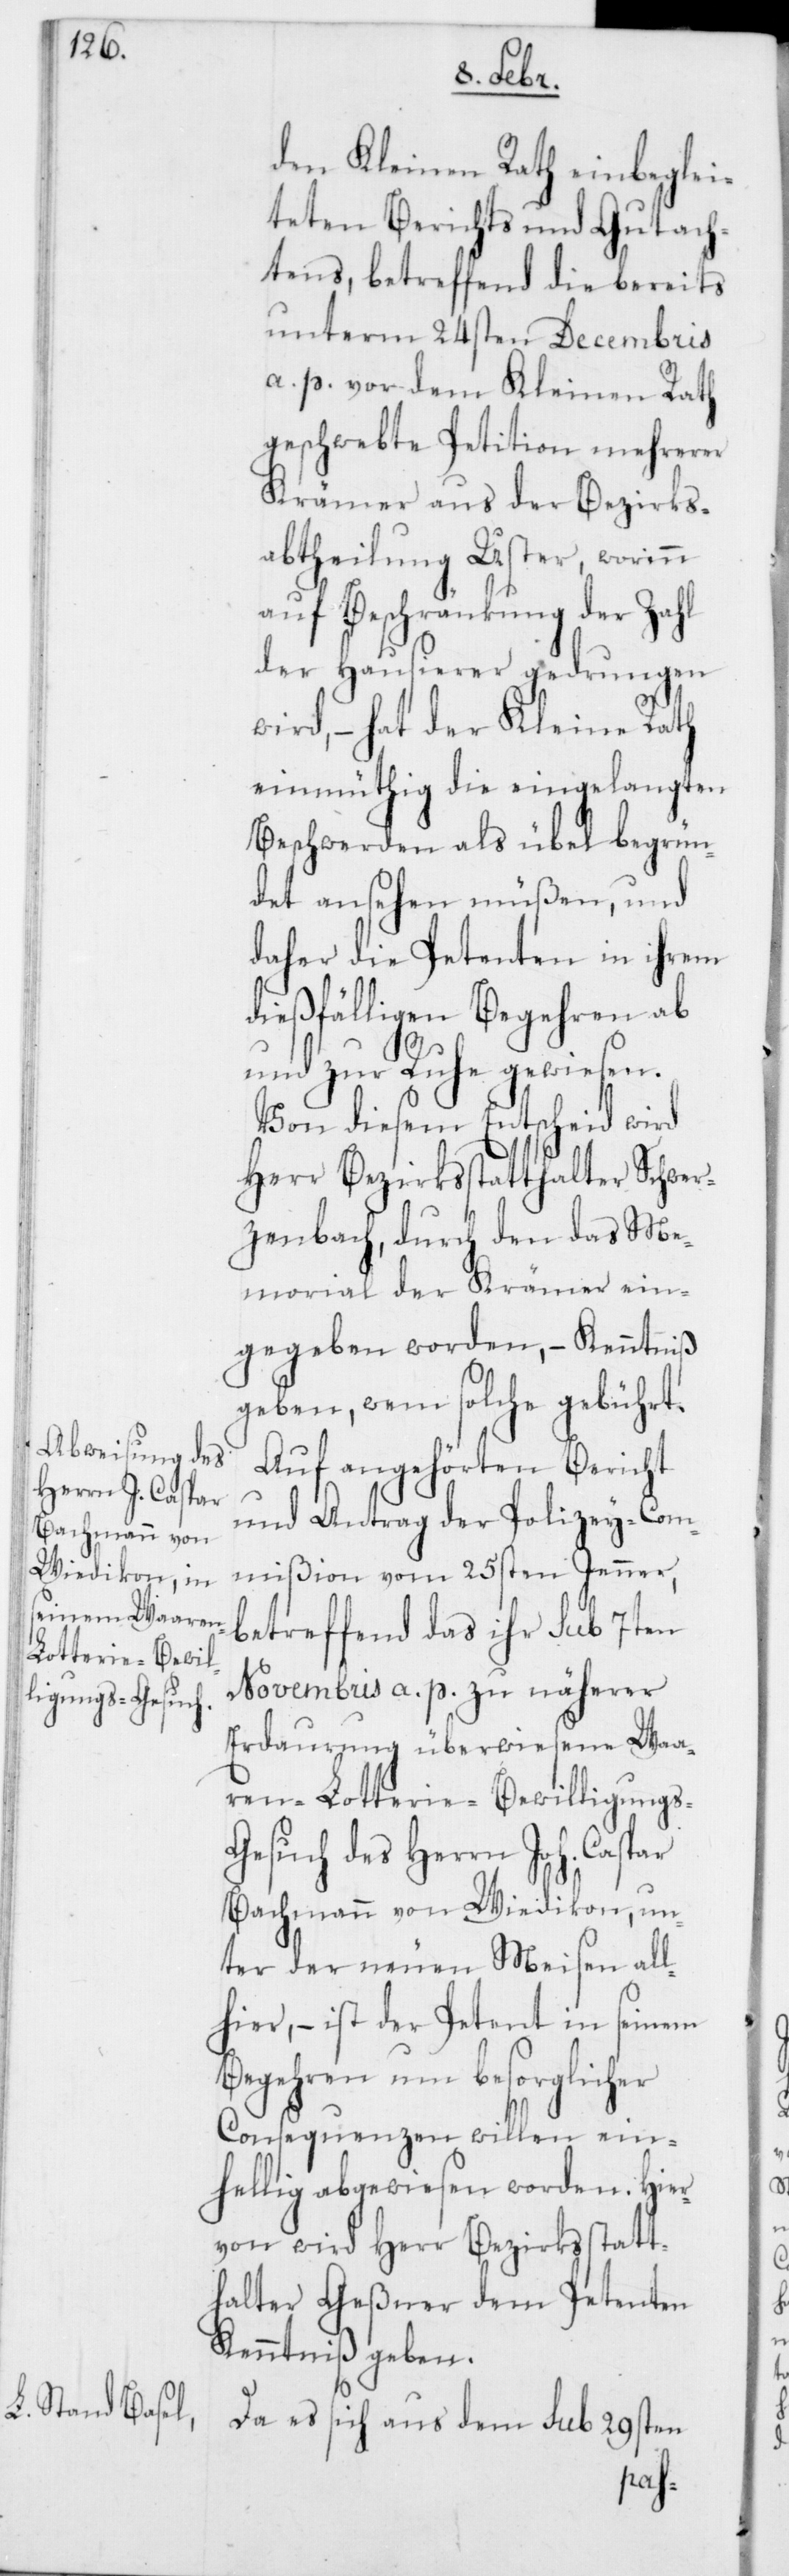
den Kleinen Rath einbeglei¬
teten Berichts und Gutach¬
tens, betreffend die bereits
unterm 24sten Decembris
a. p. vor dem Kleinen Rath
geschwebte Petition mehrerer
Krämer aus der Bezirks¬
abtheilung Uster, worinn
auf Beschränkung der Zahl
der Hausierer gedrungen
wird, – hat der Kleine Rath
einmüthig die eingelangten
Beschwerden als übel begrün¬
det ansehen müßen, und
daher die Petenten in ihrem
dießfälligen Begehren ab
und zur Ruhe gewiesen.
Von diesem Entscheid wird
Herr Bezirksstatthalter Schwer¬
zenbach, durch den das Me¬
morial der Krämer ein¬
gegeben worden, Kenntniß
geben, wem solche gebührt.
Auf angehörten Bericht
und Antrag der Polizey-Com¬
mißion vom 25sten Jenner,
betreffend das ihr sub 7ten
Novembris a. p. zu näherer
Erdaurung überwiesene Waa¬
ren-Lotterie-Bewilligung¬
esuch des Herrn Joh. Caspar
Bachmann von Wiedikon, un¬
ter der neuen Meisen all¬
hier, – ist der Petent in seinem
Begehren um besorglicher
Consequenzen willen ein¬
hellig abgewiesen worden. Hier¬
von wird Herr Bezirksstatt¬
halter Geßner dem Petenten
Kenntniß geben.
Da es sich aus dem sub 29sten
s-G¬